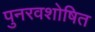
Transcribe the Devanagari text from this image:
पुनरवशोषित